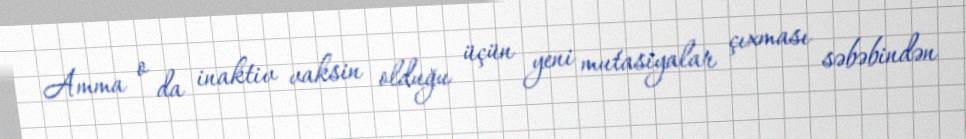
Amma o da inaktiv vaksin olduğu üçün yeni mutasiyalar çıxması səbəbindən